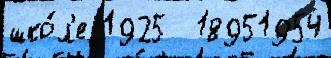
шко́л'е 1925  18951954